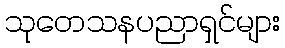
သုတေသနပညာရှင်များ